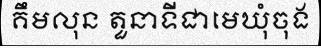
គឹមលុន តួនាទីជាមេឃុំចុង